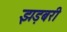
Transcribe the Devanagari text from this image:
झड़बरी